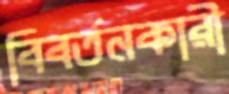
বিবর্তনকারী